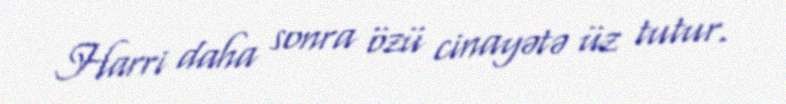
Harri daha sonra özü cinayətə üz tutur.